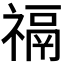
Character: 𰨐